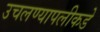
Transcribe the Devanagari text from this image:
उचलण्यापलीकडे